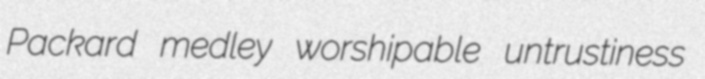
Packard medley worshipable untrustiness